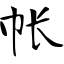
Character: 帐